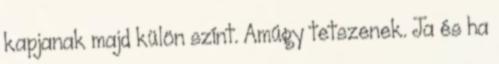
kapjanak majd külön színt. Amúgy tetszenek. Ja és ha